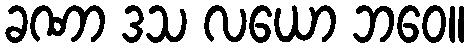
ခဏာ ဒသ လယော ဘဝေ။